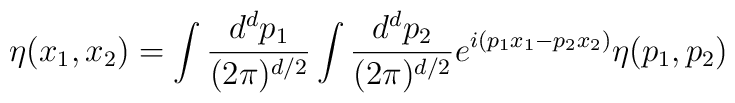
\eta (x_{1},x_{2})=\int {d^{d}p_{1}\over (2\pi )^{d/2}}\int {d^{d}p_{2}\over (2\pi )^{d/2}}e^{i(p_{1}x_{1}-p_{2}x_{2})}\eta (p_{1},p_{2})